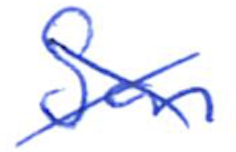
Text: San
Cross-out: cross
Writing tool: ballpoint